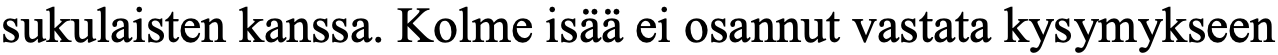
sukulaisten kanssa. Kolme isää ei osannut vastata kysymykseen